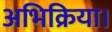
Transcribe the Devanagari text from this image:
अभिक्रिया।